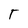
Character: T